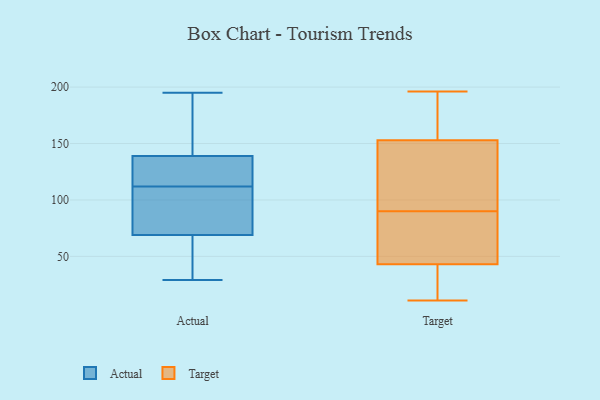
{"axis": {"x": "Bounce Rate (%)", "y": "Value"}, "legend": ["Actual", "Target"], "data": [{"x": "", "y": 114, "type": "Actual"}, {"x": "", "y": 99, "type": "Actual"}, {"x": "", "y": 55, "type": "Actual"}, {"x": "", "y": 29, "type": "Actual"}, {"x": "", "y": 111, "type": "Actual"}, {"x": "", "y": 157, "type": "Actual"}, {"x": "", "y": 154, "type": "Actual"}, {"x": "", "y": 113, "type": "Actual"}, {"x": "", "y": 108, "type": "Actual"}, {"x": "", "y": 113, "type": "Actual"}, {"x": "", "y": 132, "type": "Actual"}, {"x": "", "y": 54, "type": "Actual"}, {"x": "", "y": 69, "type": "Actual"}, {"x": "", "y": 54, "type": "Actual"}, {"x": "", "y": 89, "type": "Actual"}, {"x": "", "y": 139, "type": "Actual"}, {"x": "", "y": 195, "type": "Actual"}, {"x": "", "y": 190, "type": "Actual"}, {"x": "", "y": 165, "type": "Target"}, {"x": "", "y": 11, "type": "Target"}, {"x": "", "y": 73, "type": "Target"}, {"x": "", "y": 14, "type": "Target"}, {"x": "", "y": 119, "type": "Target"}, {"x": "", "y": 44, "type": "Target"}, {"x": "", "y": 81, "type": "Target"}, {"x": "", "y": 144, "type": "Target"}, {"x": "", "y": 172, "type": "Target"}, {"x": "", "y": 42, "type": "Target"}, {"x": "", "y": 196, "type": "Target"}, {"x": "", "y": 108, "type": "Target"}, {"x": "", "y": 175, "type": "Target"}, {"x": "", "y": 141, "type": "Target"}, {"x": "", "y": 31, "type": "Target"}, {"x": "", "y": 162, "type": "Target"}, {"x": "", "y": 23, "type": "Target"}, {"x": "", "y": 83, "type": "Target"}, {"x": "", "y": 91, "type": "Target"}, {"x": "", "y": 89, "type": "Target"}]}